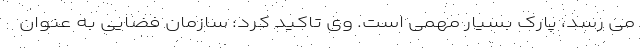
می رسد، پارک بسیار مهمی است. وی تاکید کرد: سازمان فضایی به عنوان